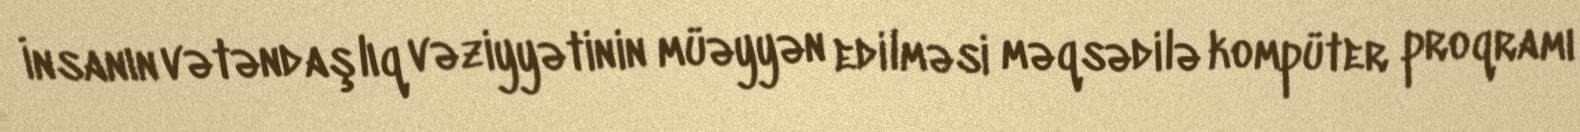
İnsanın vətəndaşlıq vəziyyətinin müəyyən edilməsi məqsədilə kompüter proqramı